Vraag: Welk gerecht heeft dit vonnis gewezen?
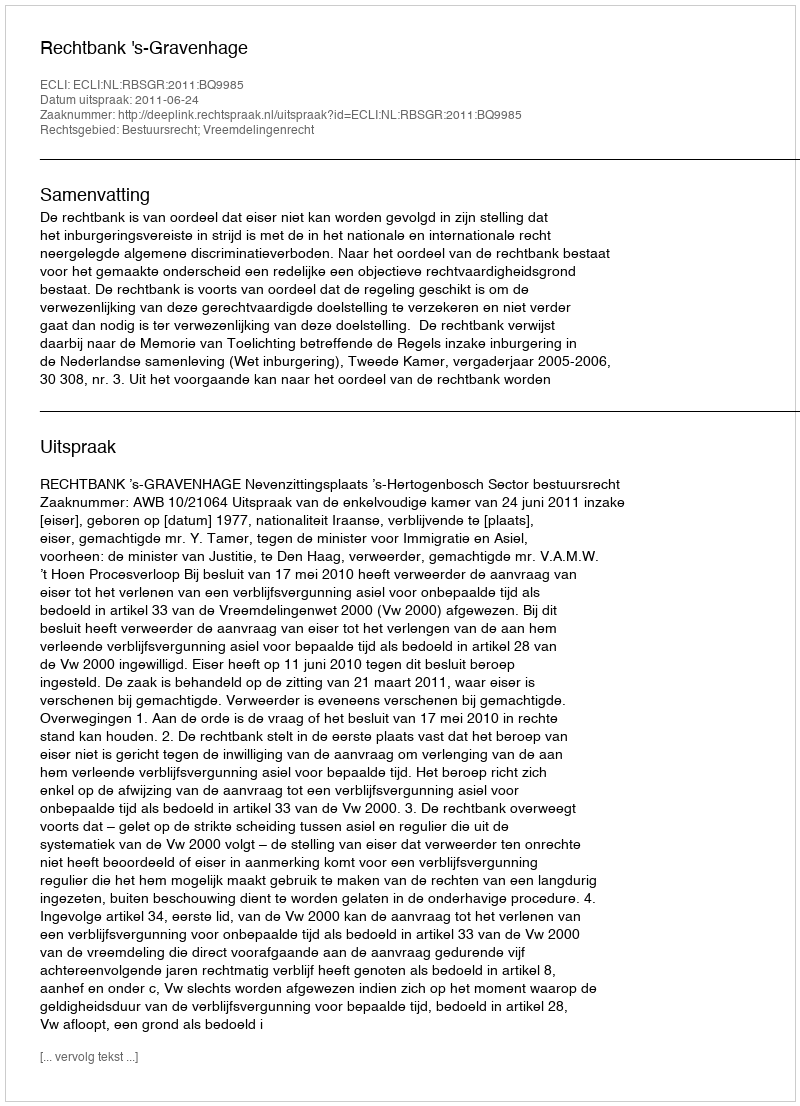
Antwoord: Rechtbank 's-Gravenhage